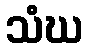
သံဃ